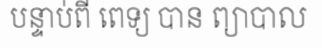
បន្ទាប់ពី ពេទ្យ បាន ព្យាបាល